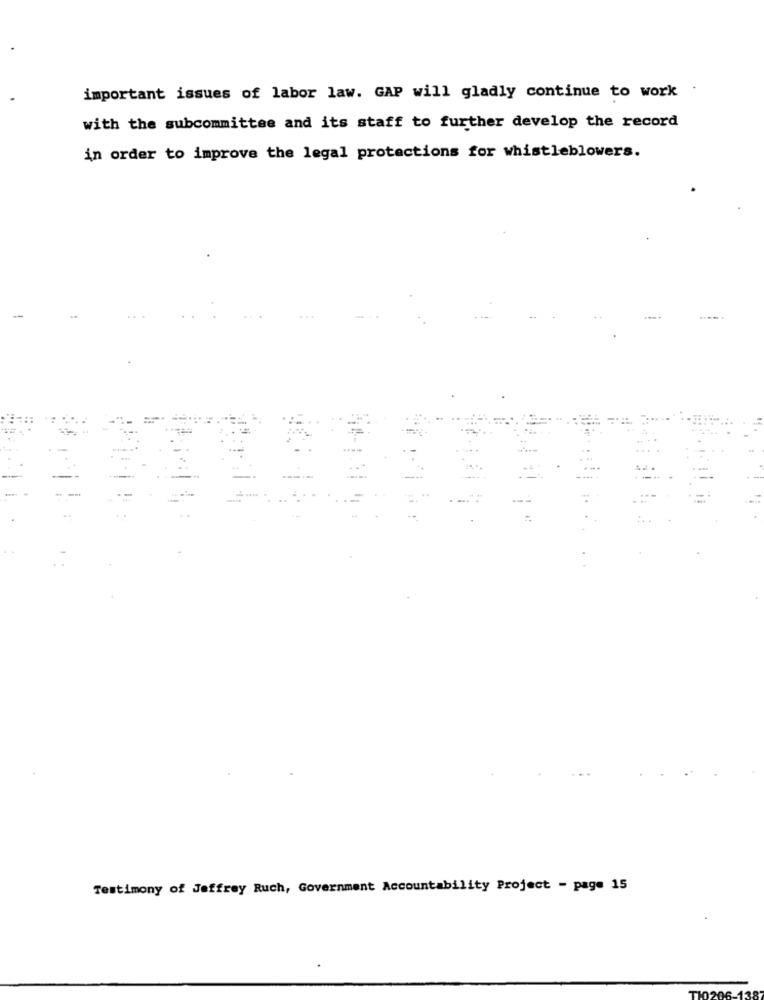
important issues of labor law. GAP will gladly continue to work .
with the subcommittee and its staff to further develop the record
in order to improve the legal protections for whistleblowers.
Testimony of Jeffrey Ruch, Government Accountability Project - page 15